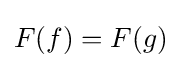
F(f)=F(g)